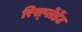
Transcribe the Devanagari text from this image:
रिस्प्लेंडेंट